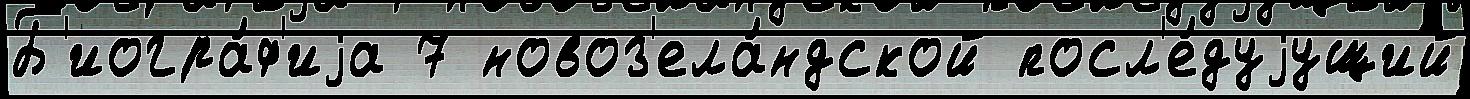
Б'иогра́ф'иjа 7 новоз'ела́ндской посл'е́дуjущий